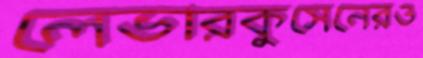
লেভারকুসেনেরও